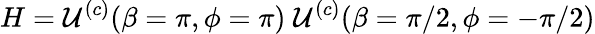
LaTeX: H=\mathcal{U}^{(c)}(\beta=\pi,\phi=\pi)\; \mathcal{U}^{(c)}(\beta=\pi/2,\phi=-\pi/2)